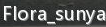
Flora_sunya